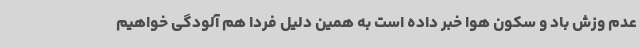
عدم وزش باد و سکون هوا خبر داده است به همین دلیل فردا هم آلودگی خواهیم